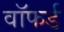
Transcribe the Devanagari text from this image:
वॉफर्ड